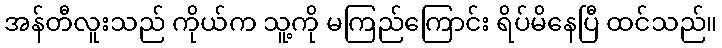
အန်တီလူးသည် ကိုယ်က သူ့ကို မကြည်ကြောင်း ရိပ်မိနေပြီ ထင်သည်။